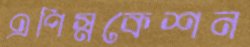
এপিস্নকেশন